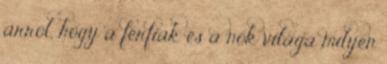
arról, hogy a férfiak és a nők világa milyen